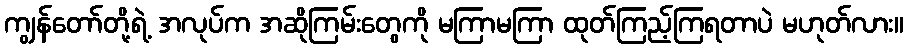
ကျွန်တော်တို့ရဲ့ အလုပ်က အဆိုကြမ်းတွေကို မကြာမကြာ ထုတ်ကြည့်ကြရတာပဲ မဟုတ်လား။